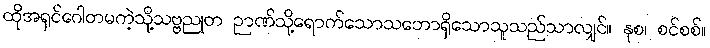
ထိုအရှင်ဂေါတမကဲ့သို့သဗ္ဗညုတ ဉာဏ်သို့ရောက်သောသဘောရှိသောသူသည်သာလျှင်။ နုစ၊ စင်စစ်။